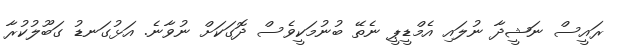
ރައީސް ނަޝީދާ ނުލައި އެމްޑީޕީ ނެތޭ ބުނުމަކީވެސް ދޮގަކަށް ނުވާނެ. އަޅުގަނޑު ގަބޫލުކުރާ